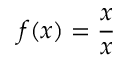
f ( x ) = { \frac { x } { x } }